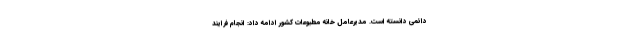
دائمی دانسته است. مدیرعامل خانه مطبوعات کشور ادامه داد: انجام فرایند